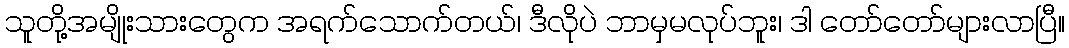
သူတို့အမျိုးသားတွေက အရက်သောက်တယ်၊ ဒီလိုပဲ ဘာမှမလုပ်ဘူး၊ ဒါ တော်တော်များလာပြီ။